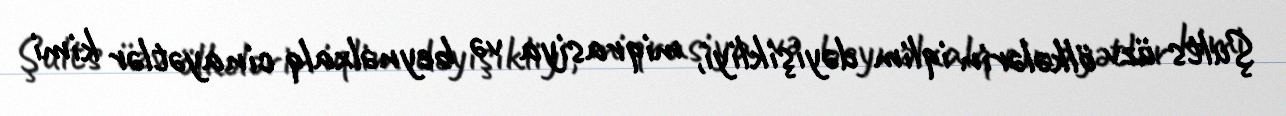
Şults üzv ölkələrin iqlim dəyişikliyi, miqrasiya və beynəlxalq cinayətlər kimi